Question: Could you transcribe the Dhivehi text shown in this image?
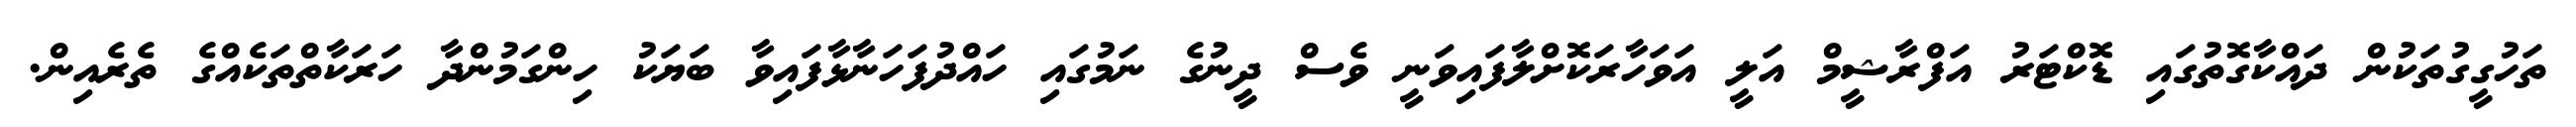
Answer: ތަހުގީގުތަކުން ދައްކާގޮތުގައި ޑޮކްޓަރު އަފްރާޝީމް އަލީ އަވަހާރަކޮށްލާފައިވަނީ ވެސް ދީނުގެ ނަމުގައި ހައްދުފަހަނާޅާފައިވާ ބަޔަކު ހިންގަމުންދާ ހަރަކާތްތަކެއްގެ ތެރެއިން.